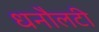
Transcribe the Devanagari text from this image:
धनौलटी